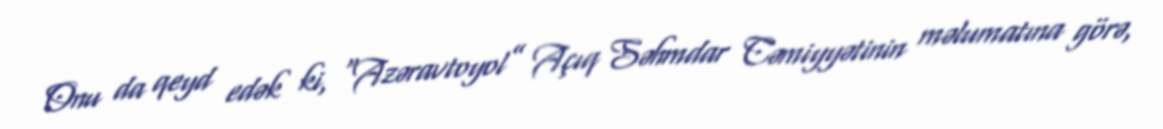
Onu da qeyd edək ki, “Azəravtoyol” Açıq Səhmdar Cəmiyyətinin məlumatına görə,